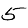
Digit: 5